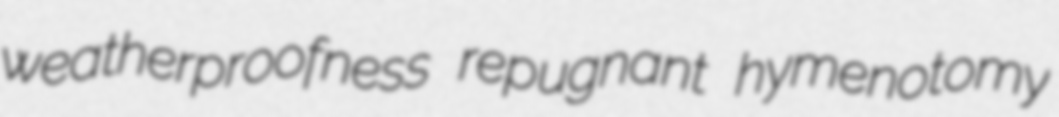
weatherproofness repugnant hymenotomy